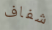
شفاف